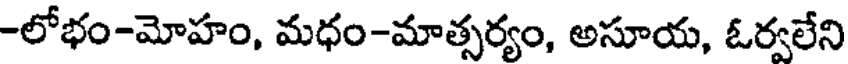
-లోభం-మోహం, మధం-మాత్సర్యం, అసూయ, ఓర్వలేని